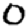
Digit: 0